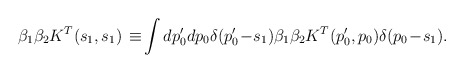
\begin{align*}\beta_1\beta_2K^{T}(s_1,s_1)\,\equiv \!\int dp_0'dp_0\delta(p'_0\! -\!s_1)\beta_1\beta_2K^T(p_0',p_0)\delta(p_0\!-\!s_1).\end{align*}